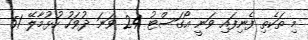
މި ތަކެތި ފެނިފައި ވަނީ އޯގަސްޓު 24 ވަނަ ދުވަހު ހުޅުމާލޭ 51